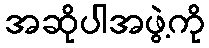
အဆိုပါအဖွဲ့ကို